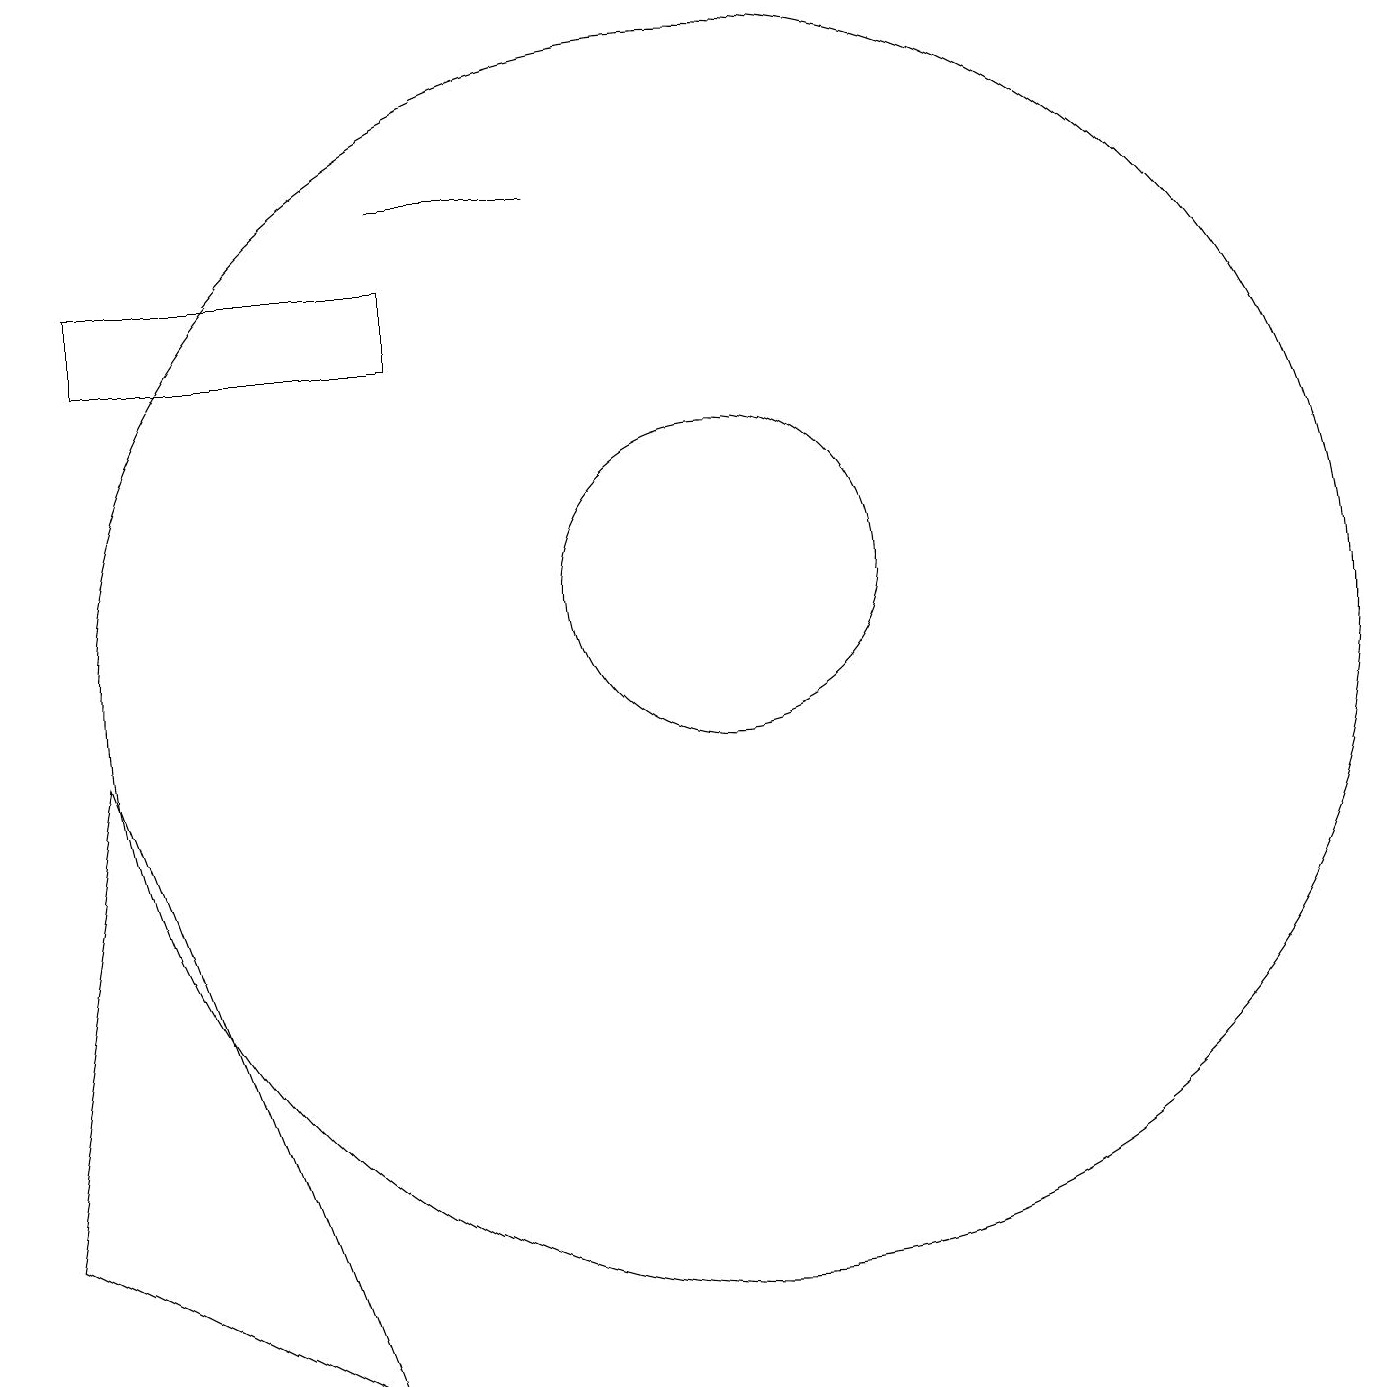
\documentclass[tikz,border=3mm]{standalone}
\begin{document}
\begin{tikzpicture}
\draw (11,10) circle (8);
\draw (7,16) rectangle (9,16);
\draw (3,9) -- (2,3) -- (6,1) -- cycle;
\draw (11,11) circle (2);
\draw (7,14) rectangle (3,15);
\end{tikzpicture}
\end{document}